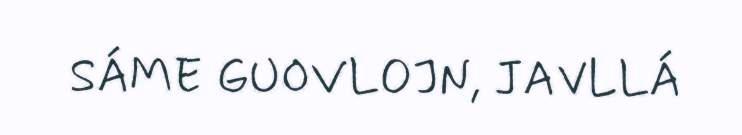
SÁME GUOVLOJN, JAVLLÁ